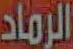
الرماد